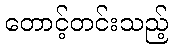
တောင့်တင်းသည့်